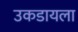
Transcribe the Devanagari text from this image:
उकडायला